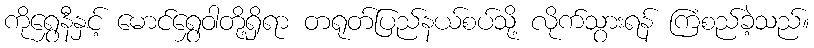
ကိုရွှေနီနှင့် မောင်ရွှေဝါတို့ရှိရာ တရုတ်ပြည်နယ်စပ်သို့ လိုက်သွားရန် ကြံစည်ခဲ့သည်။